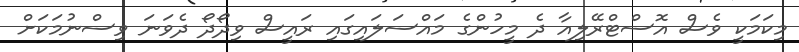
މިކަމަކީ ވެސް އޮސްޓްރޭލިއާ ދެ މީހުންގެ މައްސަލައިގައި ރައީސް ވިދޯދޯ ދެވަނަ ވިސްނުމަކަށް